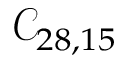
\mathcal { C } _ { 2 8 , 1 5 }